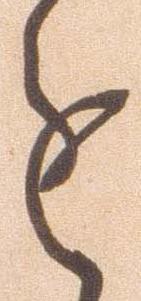
進